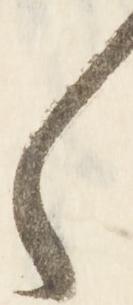
々